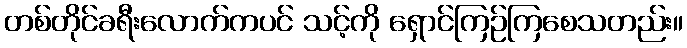
တစ်တိုင်ခရီးလောက်ကပင် သင့်ကို ရှောင်ကြဉ်ကြစေသတည်း။